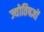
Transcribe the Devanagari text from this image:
ज्योतिषज्ञों